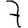
Digit: 7